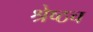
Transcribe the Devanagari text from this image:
श्रेष्ठच